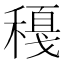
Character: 𥢈